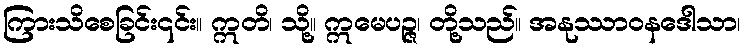
ကြားသိစေခြင်း၎င်း။ ဣတိ၊ သို့။ ဣမေပဉ္ဇ၊ တို့သည်။ အနုဿာဝနဒေါသာ၊